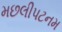
મછલીપટનમ